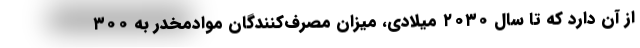
از آن دارد که تا سال ۲۰۳۰ میلادی، میزان مصرف‌کنندگان موادمخدر به ۳۰۰